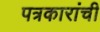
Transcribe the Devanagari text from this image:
पत्रकारांची